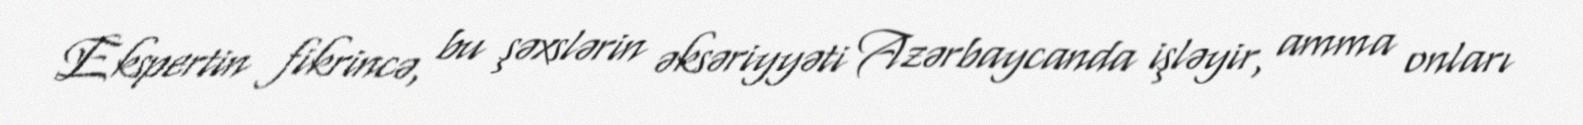
Ekspertin fikrincə, bu şəxslərin əksəriyyəti Azərbaycanda işləyir, amma onları